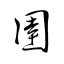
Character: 圉